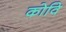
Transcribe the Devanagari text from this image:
कोवि